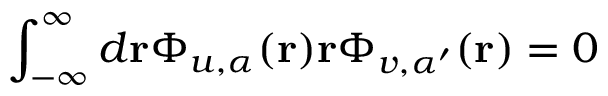
\int _ { - \infty } ^ { \infty } d { \bf r } \Phi _ { u , \alpha } ( { \bf r } ) { \bf r } \Phi _ { v , \alpha ^ { \prime } } ( { \bf r } ) = 0